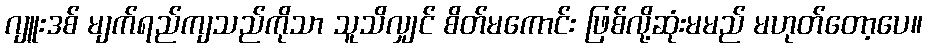
ဂျူးဒစ် မျက်ရည်ကျသည်ကိုသာ သူသိလျှင် စိတ်မကောင်း ဖြစ်လို့ဆုံးမမည် မဟုတ်တော့ပေ။